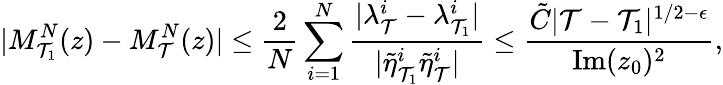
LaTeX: |M_{\mathcal{T}_{1}}^{N}(z)-M_{\mathcal{T}}^{N}(z)|\leq\frac{{2}}{{N}}\sum_{i=1}^{N}\frac{{|\lambda_{\mathcal{T}}^{i}-\lambda_{\mathcal{T}_{1}}^{i}|}}{{|\tilde{{\eta}}_{\mathcal{T}_{1}}^{i}\tilde{{\eta}}_{\mathcal{T}}^{i}|}}\leq\frac{{\tilde{{C}}|\mathcal{T}-\mathcal{T}_{1}|^{1/2-\epsilon}}}{{\mathrm{{Im}}(z_{0})^{2}}},